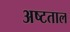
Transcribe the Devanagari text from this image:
अष्टताल